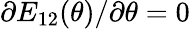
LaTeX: \partial E_{12}(\theta)/\partial\theta=0